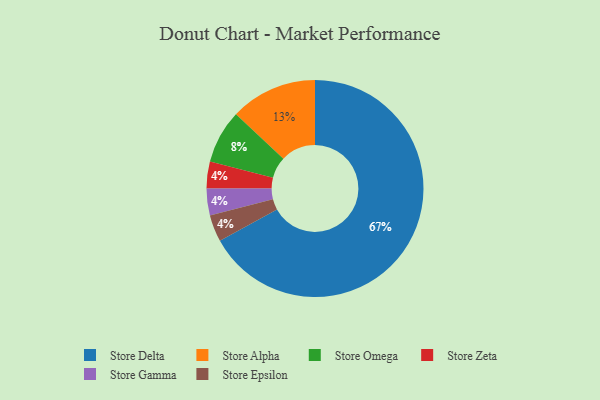
{"axis": {"x": "Category", "y": "Percentage"}, "legend": ["Store Alpha", "Store Delta", "Store Epsilon", "Store Gamma", "Store Omega", "Store Zeta"], "data": [{"x": "Store Zeta", "y": 4, "type": "Store Zeta"}, {"x": "Store Gamma", "y": 4, "type": "Store Gamma"}, {"x": "Store Epsilon", "y": 4, "type": "Store Epsilon"}, {"x": "Store Alpha", "y": 13, "type": "Store Alpha"}, {"x": "Store Delta", "y": 67, "type": "Store Delta"}, {"x": "Store Omega", "y": 8, "type": "Store Omega"}]}